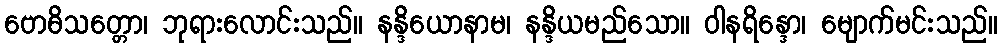
ဗောဓိသတ္တော၊ ဘုရားလောင်းသည်။ နန္ဒိယောနာမ၊ နန္ဒိယမည်သော။ ဝါနရိန္ဒော၊ မျောက်မင်းသည်။